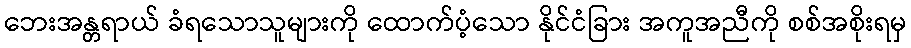
ဘေးအန္တရာယ် ခံရသောသူများကို ထောက်ပံ့သော နိုင်ငံခြား အကူအညီကို စစ်အစိုးရမှ